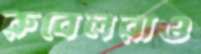
রুবেলরাও